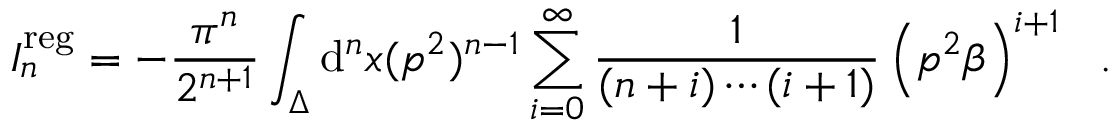
{ \cal I } _ { n } ^ { \mathrm { r e g } } = - { \frac { \pi ^ { n } } { 2 ^ { n + 1 } } } \int _ { \Delta } \mathrm { d } ^ { n } x ( p ^ { 2 } ) ^ { n - 1 } \sum _ { i = 0 } ^ { \infty } { \frac { 1 } { ( n + i ) \cdots ( i + 1 ) } } \left( { p ^ { 2 } \beta } \right) ^ { i + 1 } \ \ .